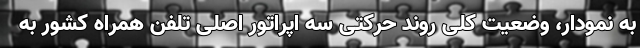
به نمودار، وضعیت کلی روند حرکتی سه اپراتور اصلی تلفن همراه کشور به